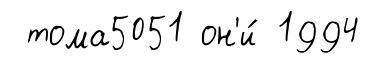
тома5051 он'и́ 1994